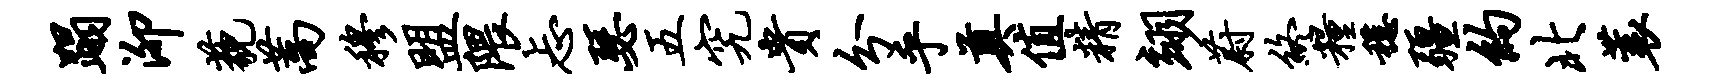
蹋泖藐蒿穆盟隈忐瑟五究贵分乎奠值精翊蔚终粮稳疆约北蓑